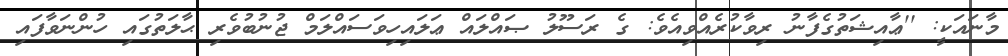
މާނައަކީ: ''ޢާއިޝަތުގެފާނު ރިވާކުރެއްވިއެވެ: ގެ ރަސޫލު ޞައްލައް ޢަލައިހިވަސައްލަމް ޖުނުބުވެރި ޙާލަތުގައި ހުންނަވާފައި